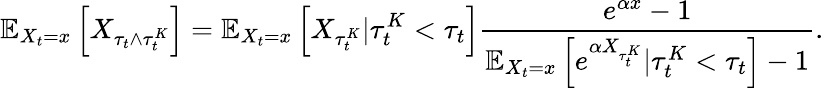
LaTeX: \mathbb{E}_{X_{t}=x}\left[X_{\tau_{t}\wedge\tau_{t}^{K}}\right]=\mathbb{E}_{X_{t}=x}\left[X_{\tau_{t}^{K}}|\tau_{t}^{K}<\tau_{t}\right]\frac{e^{\alpha x}-1}{\mathbb{E}_{X_{t}=x}\left[e^{\alpha X_{\tau_{t}^{K}}}|\tau_{t}^{K}<\tau_{t}\right]-1}.